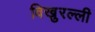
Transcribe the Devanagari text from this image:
विखुरल्ली